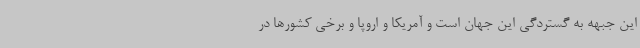
این جبهه به گستردگی این جهان است و آمریکا و اروپا و برخی کشورها در